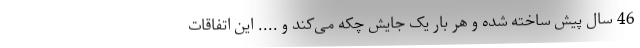
46 سال پیش ساخته شده و هر بار یک جایش چکه می‌کند و .... این اتفاقات